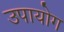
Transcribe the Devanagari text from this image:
उपायोग